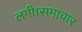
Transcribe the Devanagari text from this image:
लगी।समाचार